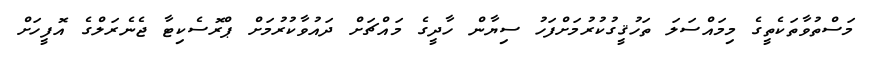
މަސްތުވާތަކެތީގެ މިމައްސަލަ ތަހުޤީގުކުރުމަށްފަހު ސިޔާން ހާދީގެ މައްޗަށް ދައުވާކުރުމަށް ޕްރޮސެކިޓާ ޖެނެރަލްގެ އޮފީހަށް